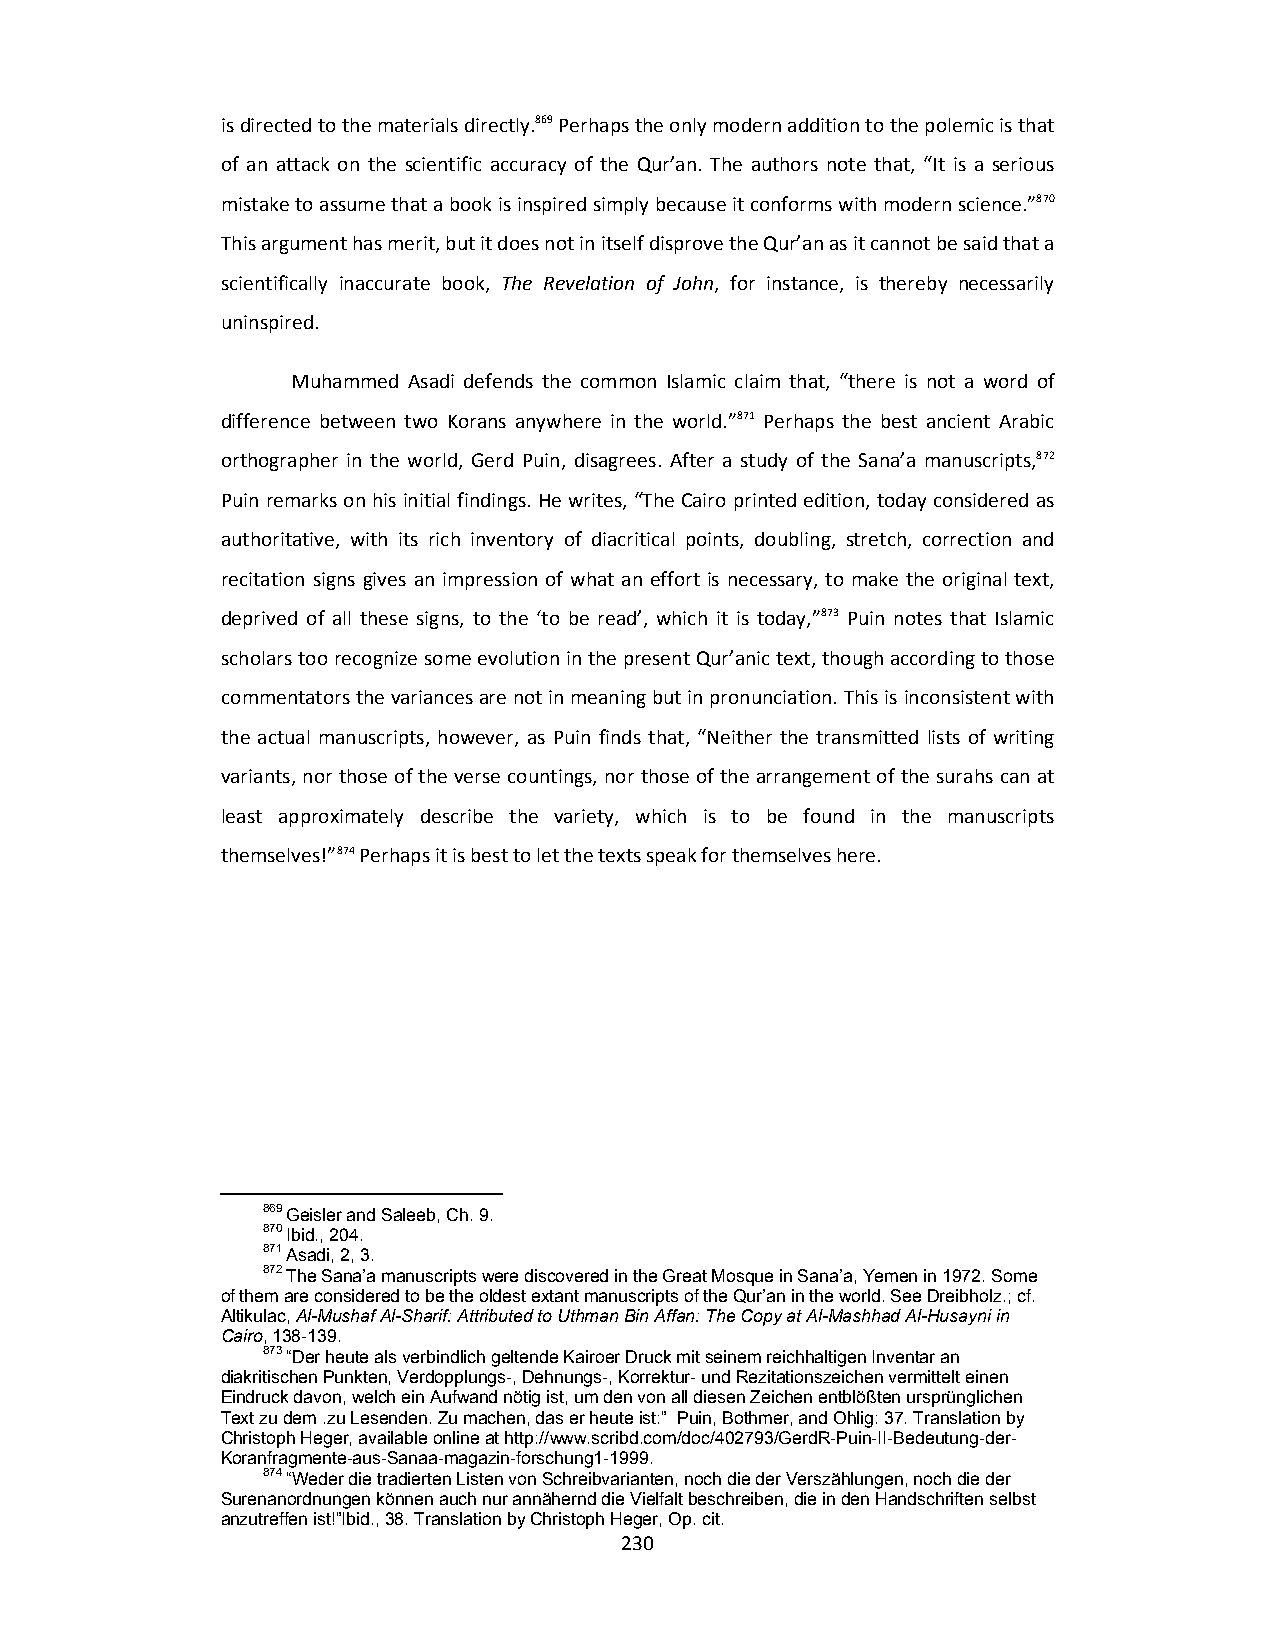
is directed to the materials directly.869 Perhaps the only modern addition to the polemic is that
 of an attack on the scientific accuracy of the Qur’an. The authors note that, “It is a serious
 mistake to assume that a book is inspired simply because it conforms with modern science.”870
 This argument has merit, but it does not in itself disprove the Qur’an as it cannot be said that a
 scientifically inaccurate book, The Revelation of John, for instance, is thereby necessarily
 uninspired.
 Muhammed Asadi defends the common Islamic claim that, “there is not a word of
 difference between two Korans anywhere in the world.”871 Perhaps the best ancient Arabic
 orthographer in the world, Gerd Puin, disagrees. After a study of the Sana’a manuscripts,872
 Puin remarks on his initial findings. He writes, “The Cairo printed edition, today considered as
 authoritative, with its rich inventory of diacritical points, doubling, stretch, correction and
 recitation signs gives an impression of what an effort is necessary, to make the original text,
 deprived of all these signs, to the ‘to be read’, which it is today,”873 Puin notes that Islamic
 scholars too recognize some evolution in the present Qur’anic text, though according to those
 commentators the variances are not in meaning but in pronunciation. This is inconsistent with
 the actual manuscripts, however, as Puin finds that, “Neither the transmitted lists of writing
 variants, nor those of the verse countings, nor those of the arrangement of the surahs can at
 least approximately describe the variety, which is to be found in the manuscripts
 themselves!”874 Perhaps it is best to let the texts speak for themselves here.
 869 Geisler and Saleeb, Ch. 9.
 870 Ibid., 204.
 871 Asadi, 2, 3.
 872 The Sana’a manuscripts were discovered in the Great Mosque in Sana’a, Yemen in 1972. Some
 of them are considered to be the oldest extant manuscripts of the Qur’an in the world. See Dreibholz.; cf.
 Altikulac, Al-Mushaf Al-Sharif: Attributed to Uthman Bin Affan: The Copy at Al-Mashhad Al-Husayni in
 Cairo, 138-139.
 873 “Der heute als verbindlich geltende Kairoer Druck mit seinem reichhaltigen Inventar an
 diakritischen Punkten, Verdopplungs-, Dehnungs-, Korrektur- und Rezitationszeichen vermittelt einen
 Eindruck davon, welch ein Aufwand nötig ist, um den von all diesen Zeichen entblößten ursprünglichen
 Text zu dem .zu Lesenden. Zu machen, das er heute ist:” Puin, Bothmer, and Ohlig: 37. Translation by
 Christoph Heger, available online at http://www.scribd.com/doc/402793/GerdR-Puin-II-Bedeutung-der-
 Koranfragmente-aus-Sanaa-magazin-forschung1-1999.
 874 “Weder die tradierten Listen von Schreibvarianten, noch die der Verszählungen, noch die der
 Surenanordnungen können auch nur annähernd die Vielfalt beschreiben, die in den Handschriften selbst
 anzutreffen ist!”Ibid., 38. Translation by Christoph Heger, Op. cit.
 230